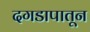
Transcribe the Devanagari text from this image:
दगडापातून